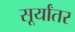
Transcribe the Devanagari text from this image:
सूर्यांतर